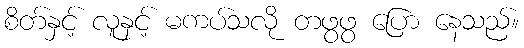
စိတ်နှင့် လူနှင့် မကပ်သလို တဖွဖွ ပြော နေသည်။